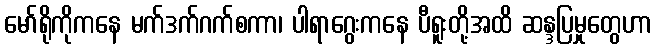
မော်ရိုကိုကနေ မက်ဒက်ဂက်စကာ၊ ပါရာဂွေးကနေ ပီရူးတို့အထိ ဆန္ဒပြမှုတွေဟာ